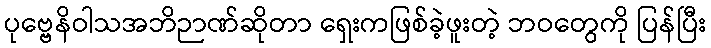
ပုဗ္ဗေနိဝါသအဘိဉာဏ်ဆိုတာ ရှေးကဖြစ်ခဲ့ဖူးတဲ့ ဘဝတွေကို ပြန်ပြီး